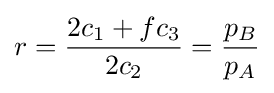
r={\frac {2c_{1}+fc_{3}}{2c_{2}}}={\frac {p_{B}}{p_{A}}}